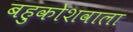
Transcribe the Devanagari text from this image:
बहुकोशवाला